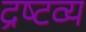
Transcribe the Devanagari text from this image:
द्रष्‍टव्य